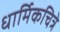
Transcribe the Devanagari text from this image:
धार्मिकचित्रे